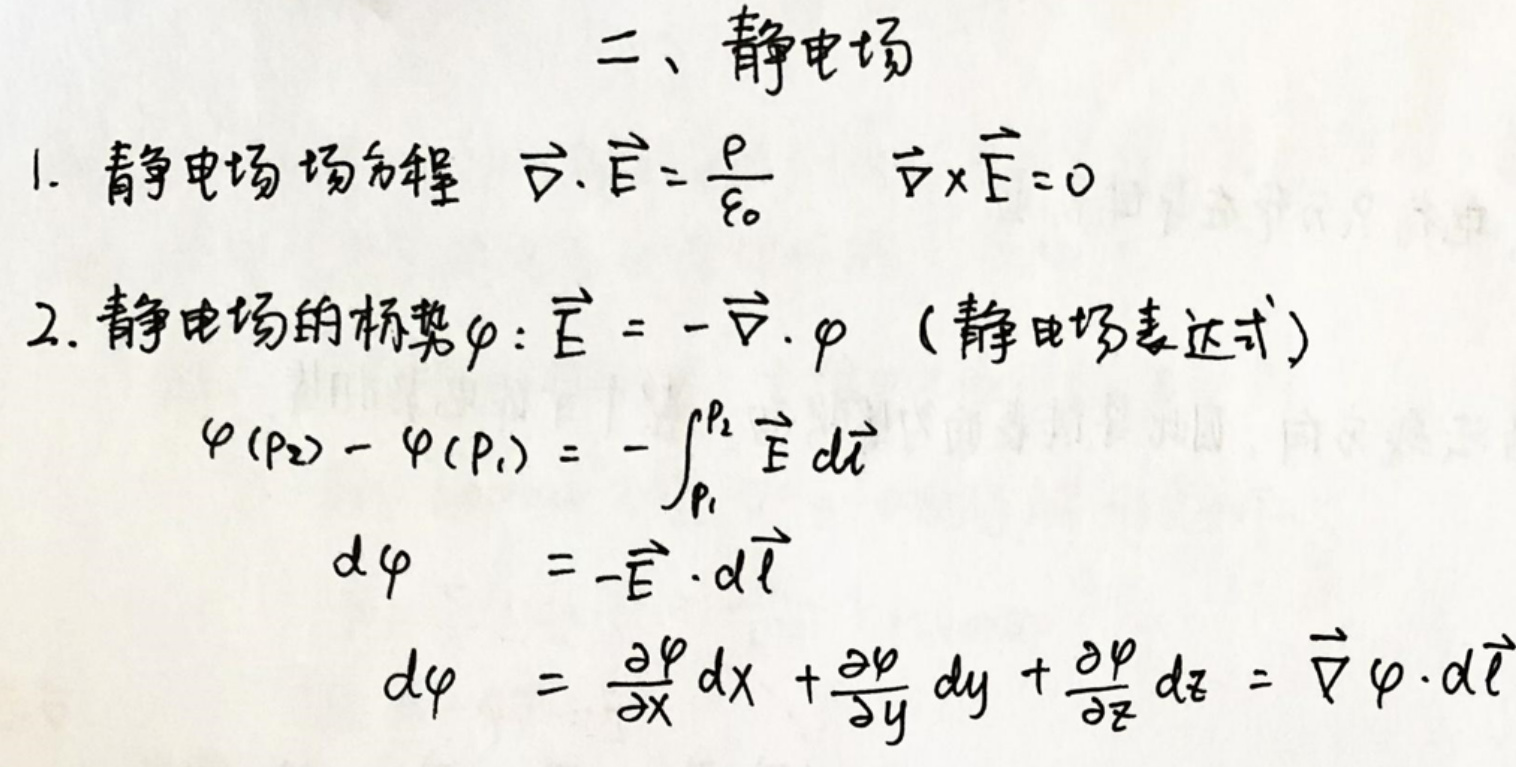
### 二、静电场
1. 静电场场方程 $\vec{\nabla} \cdot \vec{E}=\frac{\rho}{\varepsilon_{0}}$  $\vec{\nabla} \times \vec{E}=0$
2. 静电场的标势 $\varphi$：$\vec{E}=-\vec{\nabla} \varphi$ （静电场表达式）
   - $\varphi(P_2)-\varphi(P_1)=-\int_{P_1}^{P_2} \vec{E} \cdot d\vec{l}$
   - $d\varphi = -\vec{E} \cdot d\vec{l}$
   - $d\varphi=\frac{\partial \varphi}{\partial x}dx+\frac{\partial \varphi}{\partial y}dy+\frac{\partial \varphi}{\partial z}dz=\vec{\nabla} \varphi \cdot d\vec{l}$